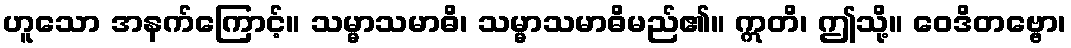
ဟူသော အနက်ကြောင့်။ သမ္မာသမာဓိ၊ သမ္မာသမာဓိမည်၏။ ဣတိ၊ ဤသို့။ ဝေဒိတဗ္ဗော၊